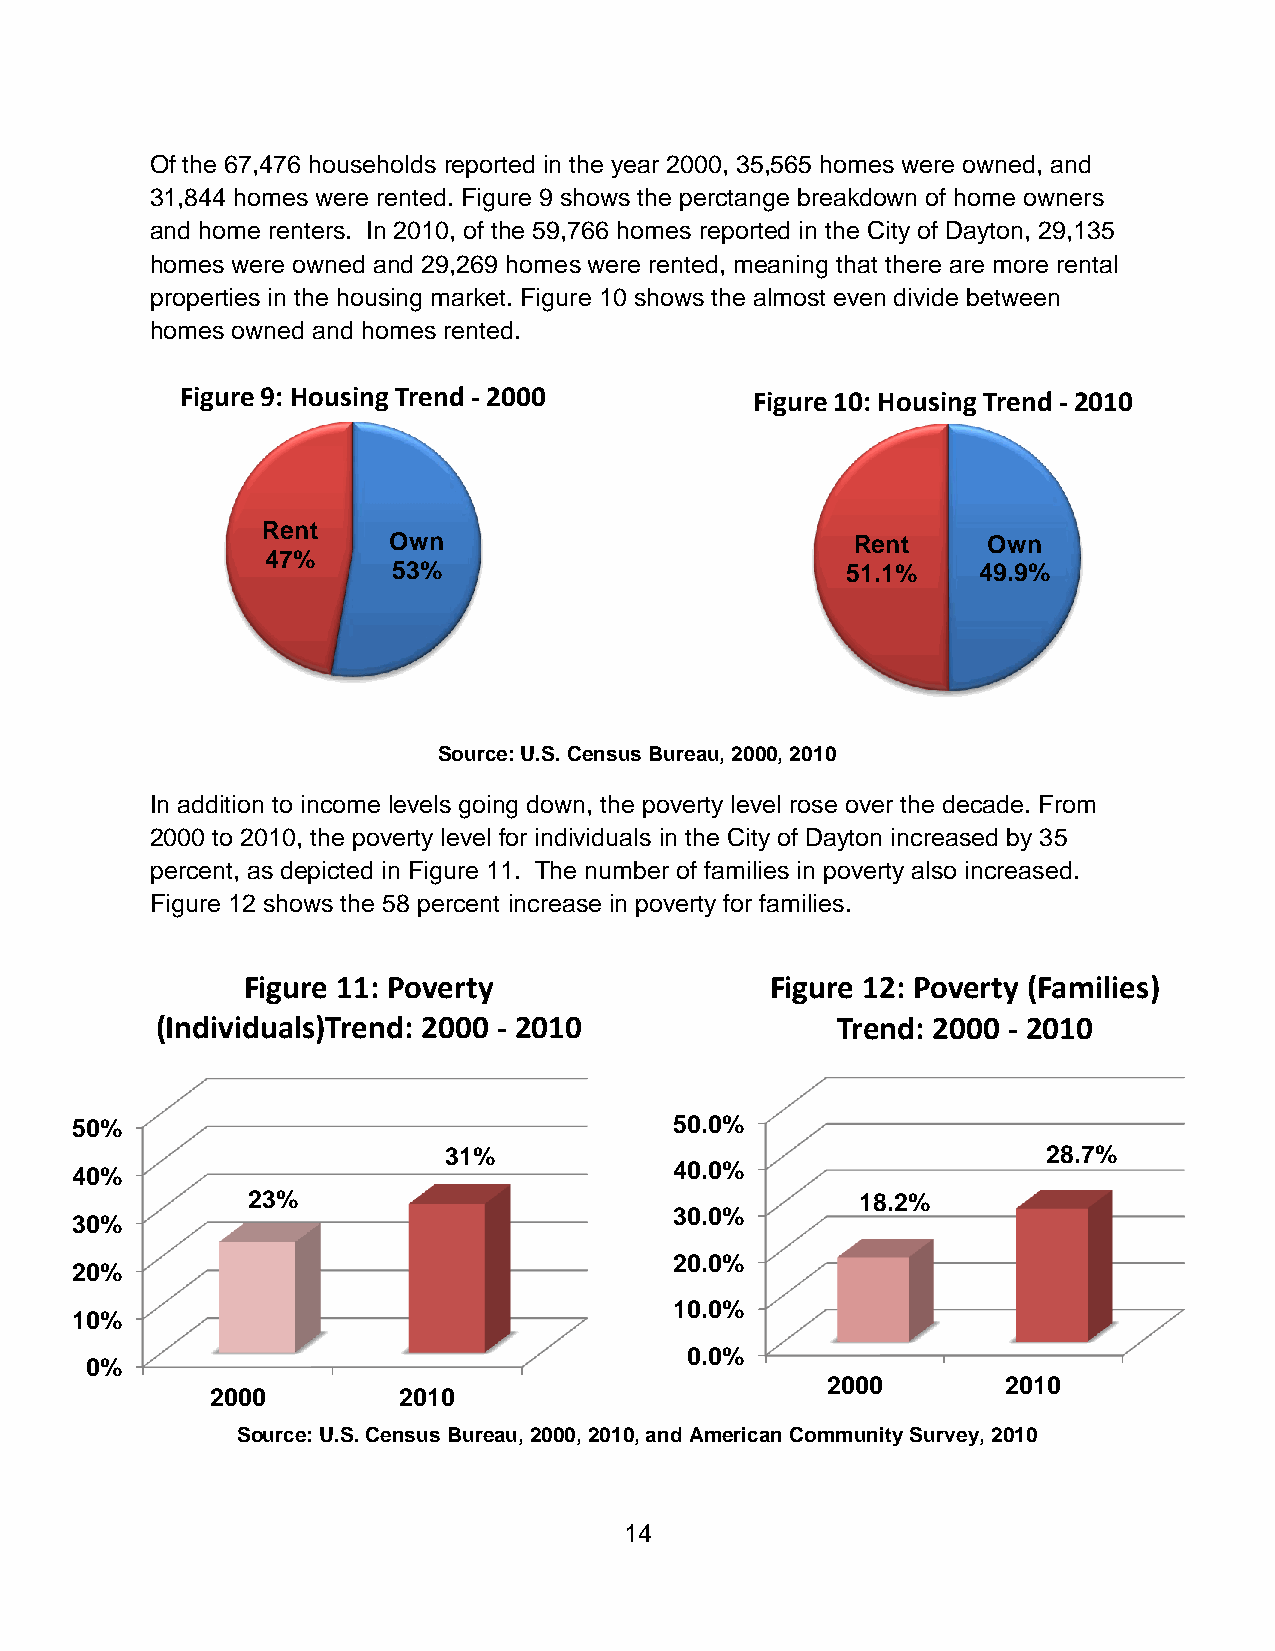
Of the 67,476 households reported in the year 2000, 35,565 homes were owned, and
 31,844 homes were rented. Figure 9 shows the perctange breakdown of home owners
 and home renters. In 2010, of the 59,766 homes reported in the City of Dayton, 29,135
 homes were owned and 29,269 homes were rented, meaning that there are more rental
 properties in the housing market. Figure 10 shows the almost even divide between
 homes owned and homes rented.
 Figure 9: Housing Trend - 2000        Figure 10: Housing Trend - 2010
 Rent
 Own                            Rent    Own
 47%
 53%                           51.1%    49.9%
 Source: U.S. Census Bureau, 2000, 2010
 In addition to income levels going down, the poverty level rose over the decade. From
 2000 to 2010, the poverty level for individuals in the City of Dayton increased by 35
 percent, as depicted in Figure 11. The number of families in poverty also increased.
 Figure 12 shows the 58 percent increase in poverty for families.
 Figure 11: Poverty                 Figure 12: Poverty (Families)
 (Individuals)Trend: 2000 - 2010              Trend: 2000 - 2010
 50%                                     50.0%
 31%                                     28.7%
 40%                                     40.0%
 23%                                      18.2%
 30.0%
 30%
 20.0%
 20%
 10.0%
 10%
 0.0%
 0%
 2000        2010
 2000        2010
 Source: U.S. Census Bureau, 2000, 2010, and American Community Survey, 2010
 14